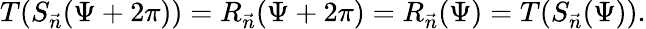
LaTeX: T(S_{\vec{n}}(\Psi+2\pi))=R_{\vec{n}}(\Psi+2\pi)=R_{\vec{n}}(\Psi)=T(S_{\vec{n}}(\Psi)).